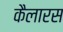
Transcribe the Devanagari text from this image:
कैलारस